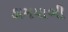
કામયાબી